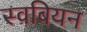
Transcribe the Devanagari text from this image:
स्वबियन